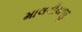
માલવીયજી